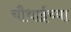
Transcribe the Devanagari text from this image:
चौथाईच्या